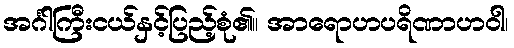
အင်္ဂါကြီးငယ်နှင့်ပြည့်စုံ၏။ အာရောဟပရိဏာဟဝါ၊